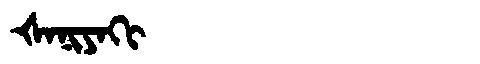
Manchu: ᡧᠠᠨᡳᠶᠠᡴᡳ
Romanization: ŠANIYAKI